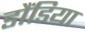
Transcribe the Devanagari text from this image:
डौंडिया